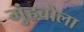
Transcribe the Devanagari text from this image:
मुंहबोला